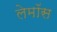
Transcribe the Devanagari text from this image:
लेमॉस